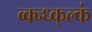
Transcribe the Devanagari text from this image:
व्क्न्ध्क्ल्कं